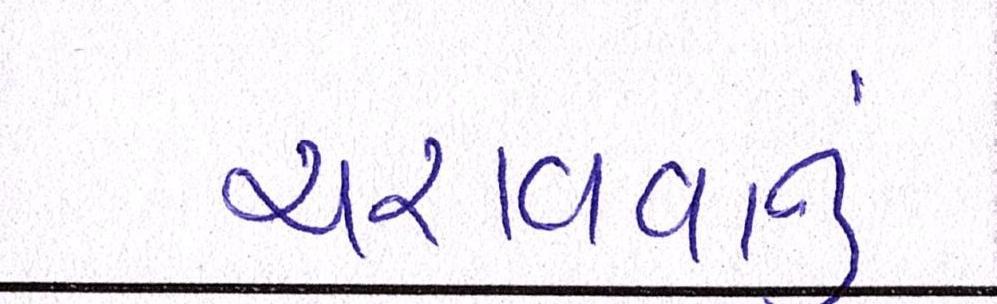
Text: ચરાવવાનુ